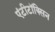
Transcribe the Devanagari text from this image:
एंटीटॉक्सिन